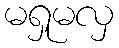
မရှုမလှ